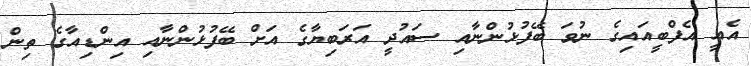
އެއީ އެފްބީއައިގެ ނުވަ ބޭފުޅުންނާއި ސައުދީ އަރަބިޔާގެ އަށް ބޭފުޅުންނާއި އިންޑިއާގެ ތިން